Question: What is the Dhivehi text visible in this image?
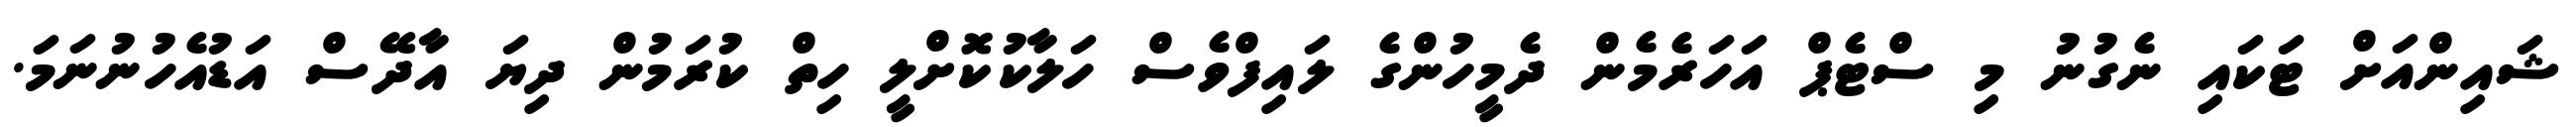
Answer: ޝައިންއަށް ޓަކައި ނެގުނު މި ސްޓެޕް އަހަރެމެން ދެމީހުންގެ ލައިފްވެސް ހަލާކުކޮށްލީ ހިތް ކުރަމުން ދިޔަ އާދޭސް އަޑުއެހުނުނަމަ.